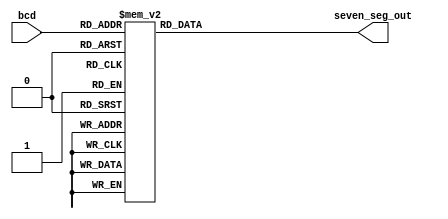
module seven_segment_decoder1(bcd,seven_seg_out);

input wire [3:0] bcd;
output wire [6:0] seven_seg_out;

reg [6:0] seven_seg;

assign seven_seg_out = seven_seg;

always @(bcd)
 begin
  case (bcd)
   4'b0000 : begin seven_seg = 7'b1000000; end
   4'b0001 : begin seven_seg = 7'b1111001; end
   4'b0010 : begin seven_seg = 7'b0100100; end
   4'b0011 : begin seven_seg = 7'b0110000; end
   4'b0100 : begin seven_seg = 7'b0011001; end
   4'b0101 : begin seven_seg = 7'b0010010; end
   4'b0110 : begin seven_seg = 7'b0000010; end
   4'b0111 : begin seven_seg = 7'b1111000; end
   4'b1000 : begin seven_seg = 7'b0000000; end
   4'b1001 : begin seven_seg = 7'b0011000; end
   default : begin seven_seg = 7'b0000000; end
  endcase
 end
endmodule